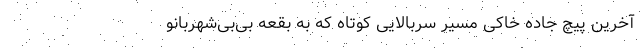
آخرین پیچ جاده خاکی مسیر سربالایی کوتاه که به بقعه بی‌بی‌شهربانو